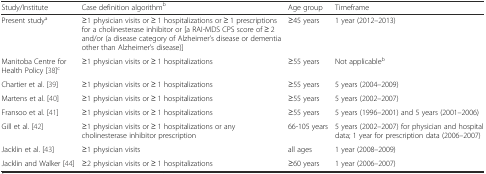
<table><thead><tr><td><b>Study/Institute</b></td><td><b>Case definition algorithm<sup>b</sup></b></td><td><b>Age group</b></td><td><b>Timeframe</b></td></tr></thead><tbody><tr><td>Present study<sup>a</sup></td><td>≥1 physician visits or ≥ 1 hospitalizations or ≥ 1 prescriptions for a cholinesterase inhibitor or [a RAI-MDS CPS score of ≥ 2 and/or (a disease category of Alzheimer’s disease or dementia other than Alzheimer’s disease)]</td><td>≥45 years</td><td>1 year (2012–2013)</td></tr><tr><td>Manitoba Centre for Health Policy [38]<sup>c</sup></td><td>≥1 physician visits or ≥ 1 hospitalizations</td><td>≥55 years</td><td>Not applicable<sup>b</sup></td></tr><tr><td>Chartier et al. [39]</td><td>≥1 physician visits or ≥ 1 hospitalizations</td><td>≥55 years</td><td>5 years (2004–2009)</td></tr><tr><td>Martens et al. [40]</td><td>≥1 physician visits or ≥ 1 hospitalizations</td><td>≥55 years</td><td>5 years (2002–2007)</td></tr><tr><td>Fransoo et al. [41]</td><td>≥1 physician visits or ≥ 1 hospitalizations</td><td>≥55 years</td><td>5 years (1996–2001) and 5 years (2001–2006)</td></tr><tr><td>Gill et al. [42]</td><td>≥1 physician visits or ≥ 1 hospitalizations or any cholinesterase inhibitor prescription</td><td>66-105 years</td><td>5 years (2002–2007) for physician and hospital data; 1 year for prescription data (2006–2007)</td></tr><tr><td>Jacklin et al. [43]</td><td>≥1 physician visits</td><td>all ages</td><td>1 year (2008–2009)</td></tr><tr><td>Jacklin and Walker [44]</td><td>≥2 physician visits or ≥ 1 hospitalizations</td><td>≥60 years</td><td>1 year (2006–2007)</td></tr></tbody></table>